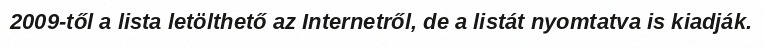
2009-től a lista letölthető az Internetről, de a listát nyomtatva is kiadják.